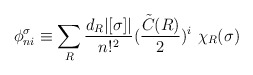
\begin{align*}\phi _{n i }^\sigma \equiv \sum_R \frac{d_R | [\sigma ] |}{n !^2} (\frac{{\tilde C} (R)}{2} )^i \ \chi_R (\sigma )\end{align*}